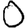
Digit: 0